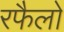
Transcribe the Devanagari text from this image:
रफैलो